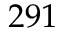
2 9 1